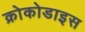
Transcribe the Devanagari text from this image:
क्रोकोडाइस